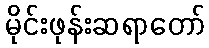
မိုင်းဖုန်းဆရာတော်